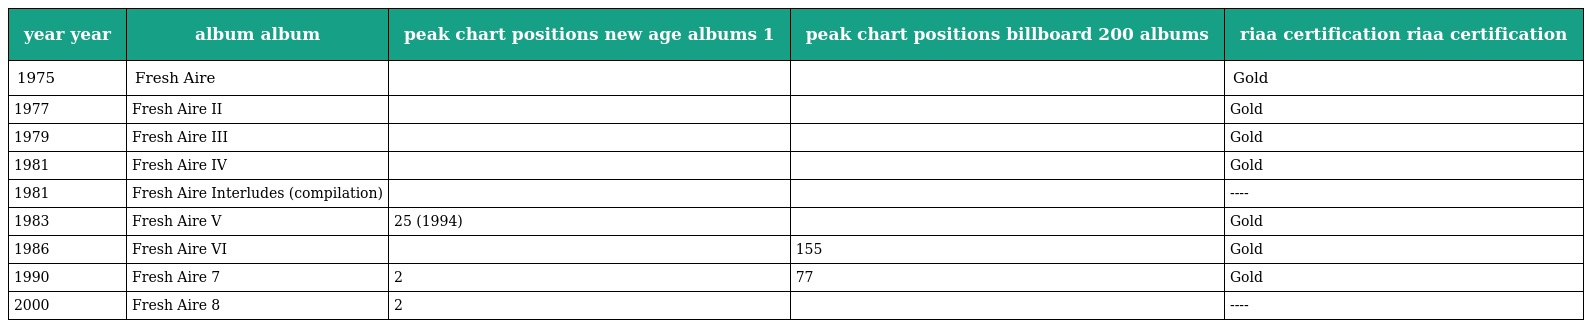
| year year | album album | peak chart positions new age albums 1 | peak chart positions billboard 200 albums | riaa certification riaa certification |
 | --- | --- | --- | --- | --- |
 | 1975 | Fresh Aire |  |  | Gold |
 | 1977 | Fresh Aire II |  |  | Gold |
 | 1979 | Fresh Aire III |  |  | Gold |
 | 1981 | Fresh Aire IV |  |  | Gold |
 | 1981 | Fresh Aire Interludes (compilation) |  |  | ---- |
 | 1983 | Fresh Aire V | 25 (1994) |  | Gold |
 | 1986 | Fresh Aire VI |  | 155 | Gold |
 | 1990 | Fresh Aire 7 | 2 | 77 | Gold |
 | 2000 | Fresh Aire 8 | 2 |  | ---- |